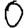
Digit: 0